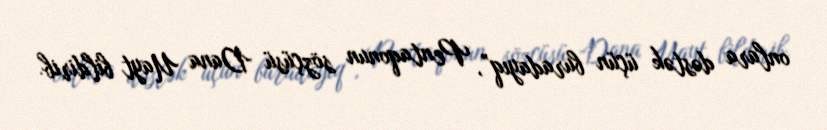
onlara dəstək üçün buradayıq”, Pentaqonun sözçüsü Dana Uayt bildirib.